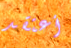
أعتقد